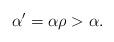
LaTeX: \begin{align*} \alpha' =\alpha \rho >\alpha.\end{align*}